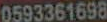
0593361698